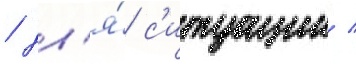
/ дл'я́ с'итуации /